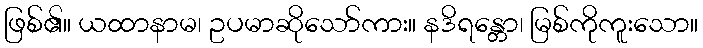
ဖြစ်၏။ ယထာနာမ၊ ဥပမာဆိုသော်ကား။ နဒိရန္တော၊ မြစ်ကိုကူးသော။